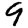
Digit: 9